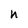
Character: h